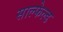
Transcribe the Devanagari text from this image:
साल्फेल्ड